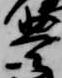
豊